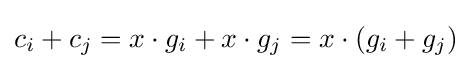
c_{i}+c_{j}=x\cdot g_{i}+x\cdot g_{j}=x\cdot (g_{i}+g_{j})